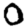
Digit: 0